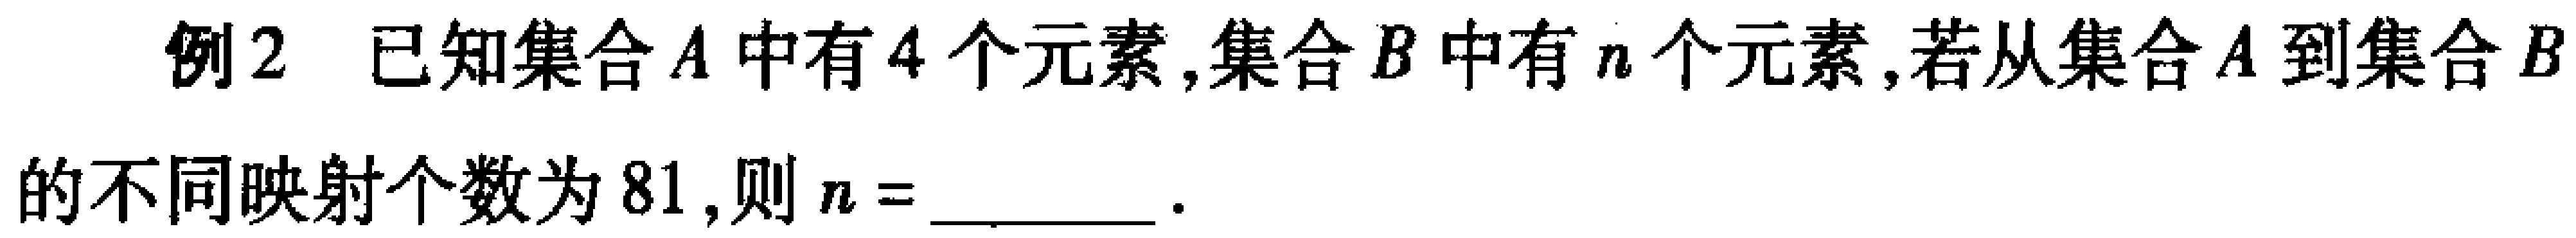
例2 已知集合\(A\)中有\(4\)个元素,集合\(B\)中有\(n\)个元素,若从集合\(A\)到集合\(B\)的不同映射个数为\(81\),则\(n = \_\_\_\).